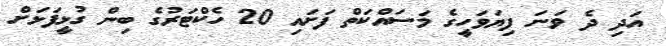
އަދި ދެ ވަނަ ފިޔަވަހީގެ މަސައްކަތް ފަށައި 20 ހެކްޓަރުގެ ބިން ގުޅީފަޅަށް